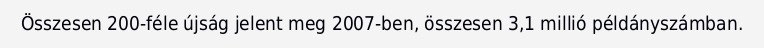
Összesen 200-féle újság jelent meg 2007-ben, összesen 3,1 millió példányszámban.